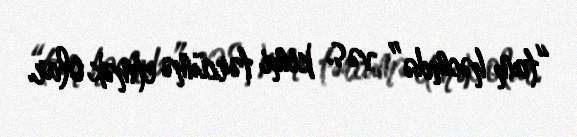
“tam həcmdə” və s. kimi tərcümə etmək olar.